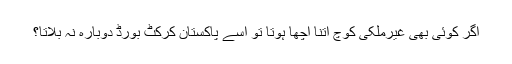
اگر کوئی بھی غیرملکی کوچ اتنا اچھا ہوتا تو اسے پاکستان کرکٹ بورڈ دوبارہ نہ بلاتا؟